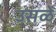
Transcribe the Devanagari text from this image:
उसळे